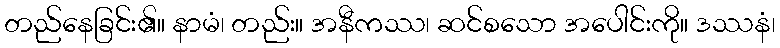
တည်နေခြင်း၏။ နာမံ၊ တည်း။ အနီကဿ၊ ဆင်စသော အပေါင်းကို။ ဒဿနံ၊